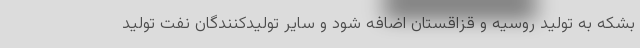
بشکه به تولید روسیه و قزاقستان اضافه شود و سایر تولیدکنندگان نفت تولید